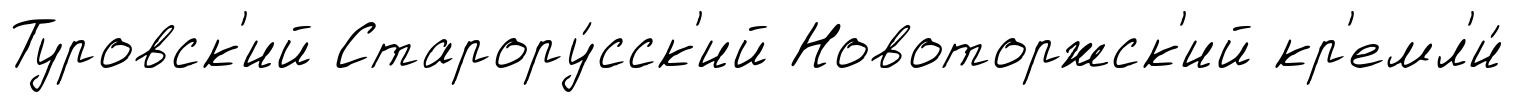
Туровск'ий Старору́сск'ий Новоторжск'ий кр'емл'и́